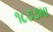
૧૮૭૭મા